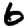
Digit: 6